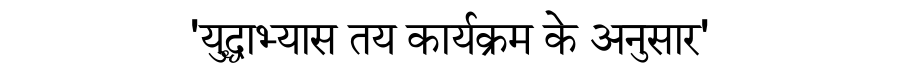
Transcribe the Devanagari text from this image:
'युद्धाभ्यास तय कार्यक्रम के अनुसार'